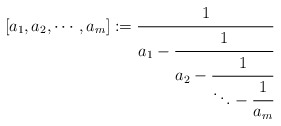
\begin{align*}[a_1,a_2, \cdots ,a_m]:=\cfrac{1}{a_1-\cfrac{1}{a_2-\cfrac{1}{\ddots -\cfrac{1}{a_{m}}}}}\end{align*}